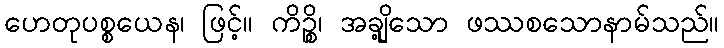
ဟေတုပစ္စယေန၊ ဖြင့်။ ကိဉ္စိ၊ အချို့သော ဖဿစသောနာမ်သည်။